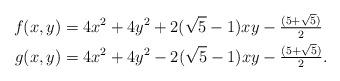
LaTeX: \begin{align*} & & f( x, y ) &= 4x^2 + 4y^2 + 2( \sqrt{5} - 1 ) x y - \tfrac{( 5 + \sqrt{5} )}{2} \\ & & g( x, y ) &= 4x^2 + 4y^2 - 2( \sqrt{5} - 1 ) x y - \tfrac{( 5 + \sqrt{5} )}{2}.\end{align*}